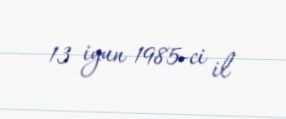
13 iyun 1985-ci il